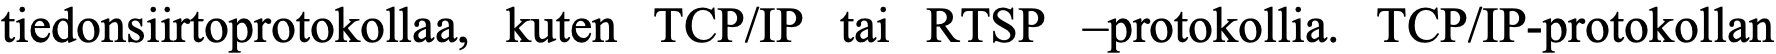
tiedonsiirtoprotokollaa, kuten TCP/IP tai RTSP –protokollia. TCP/IP-protokollan